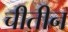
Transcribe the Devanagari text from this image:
चीतीन